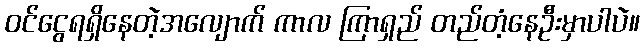
ဝင်ငွေရရှိနေတဲ့အလျောက် ကာလ ကြာရှည် တည်တံ့နေဦးမှာပါပဲ။